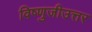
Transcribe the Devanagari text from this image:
विष्णुजीउत्तर